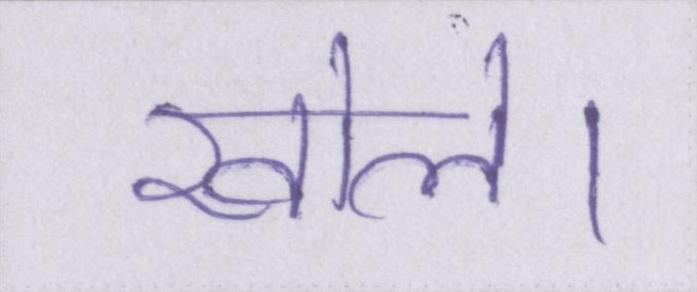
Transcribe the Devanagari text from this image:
खोले।